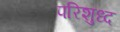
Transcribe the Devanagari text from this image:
परिशुध्द